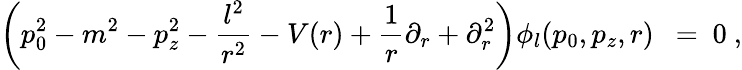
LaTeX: \left(p_{0}^{2}-m^{2}-p_{z}^{2}-\frac{l^{2}}{r^{2}}-V(r)+\frac 1r\partial_{r}+\partial_{r}^{2}\right)\phi_{l}(p_{0},p_{z},r)\ \ =\ 0\ ,